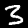
Label: 3